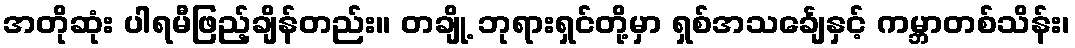
အတိုဆုံး ပါရမီဖြည့်ချိန်တည်း။ တချို့ ဘုရားရှင်တို့မှာ ရှစ်အသင်္ချေနှင့် ကမ္ဘာတစ်သိန်း၊